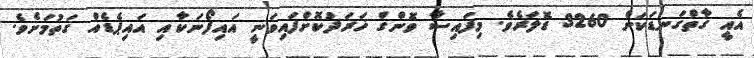
އެއީ ގާތްގަނޑަކަށް 3260 ޑޮލަރެވެ. މިފައިސާ ވޮންގް ޚަރަދުކޮށްފައިވަނީ އައިފޯނަކާއި އައިޕެޑެއް ގަތުމަށެވެ.